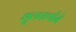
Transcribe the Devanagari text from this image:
शूलपाणीने